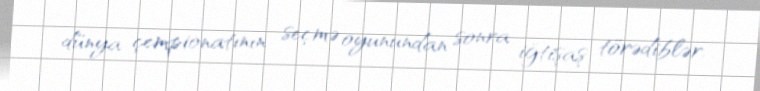
dünya çempionatının seçmə oyunundan sonra iğtişaş törədiblər.